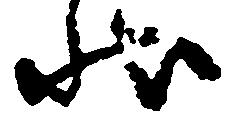
状